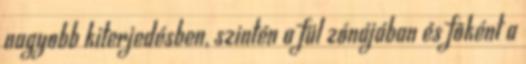
nagyobb kiterjedésben, szintén a fül zónájában és fõként a